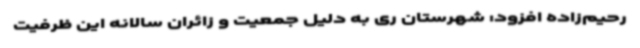
رحیم‌زاده افزود: شهرستان ری به دلیل جمعیت و زائران سالانه این ظرفیت